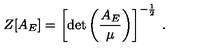
Z [ A _ { E } ] = \left[ \mathrm { d e t } \left( \frac { A _ { E } } { \mu } \right) \right] ^ { - \frac { 1 } { 2 } } \: .